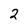
Character: 2